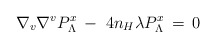
\begin{align*}\nabla_v \nabla^v P^x_\Lambda \,-\ 4n_H \lambda P^x_\Lambda \,=\,0\end{align*}